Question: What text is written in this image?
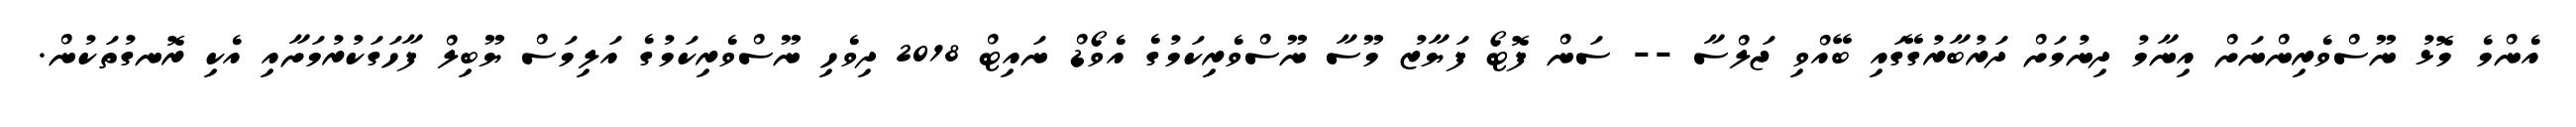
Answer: އެންމެ މޮޅު ނޫސްވެރިންނަށް އިނާމު ދިނުމަށް ދަރުބާރުގޭގައި ބޭއްވި ޖަލްސާ -- ސަން ފޮޓޯ ފަޔާޒު މޫސާ ނޫސްވެރިކަމުގެ އެވޯޑް ނައިޓް 2018 ދިވެހި ނޫސްވެރިކަމުގެ އަލިމަސް ޔޫބިލް ފާހަގަކުރުމަށާއި އެކި ރޮނގުތަކުން.